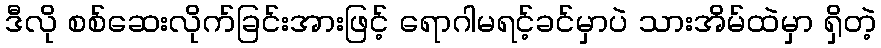
ဒီလို စစ်ဆေးလိုက်ခြင်းအားဖြင့် ရောဂါမရင့်ခင်မှာပဲ သားအိမ်ထဲမှာ ရှိတဲ့